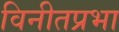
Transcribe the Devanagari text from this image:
विनीतप्रभा